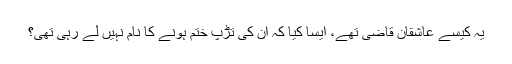
یہ کیسے عاشقان قاضی تھے، ایسا کیا کہ ان کی تڑپ ختم ہونے کا نام نہیں لے رہی تھی؟